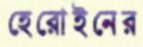
হেরোইনের